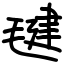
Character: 毽